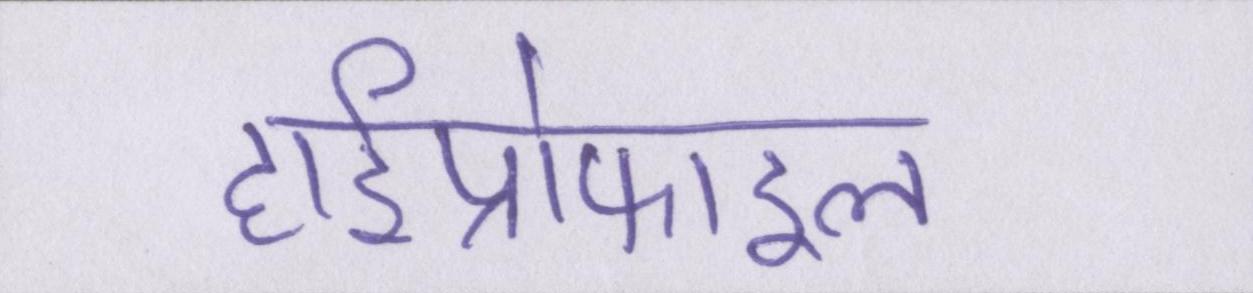
हाईप्रोफाइल